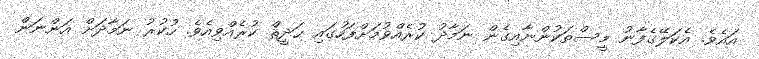
އައެވެ. އެކަލޭގެފާނު މީސްތަކުންނާއިގެން ނަމާދު ކުރެއްވުމަށްފަހުގައި ޙަދީޘް ކުރެއްވިއެވެ. ހުކުރު ނަމާދަށް އަންނަން